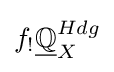
f_{!}{\underline {\mathbb {Q} }}_{X}^{Hdg}